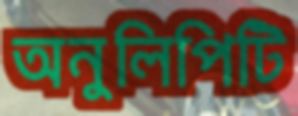
অনুলিপিটি